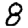
Digit: 8